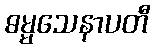
ဓမ္မသေနာပတီ